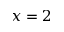
x = 2